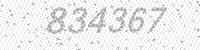
Solution: 834367